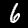
Digit: 6